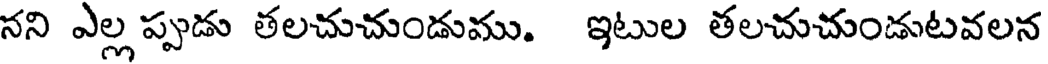
నని ఎల్ల ప్పుడు తలచుచుండుము. ఇటుల తలచుచుండుటవలన